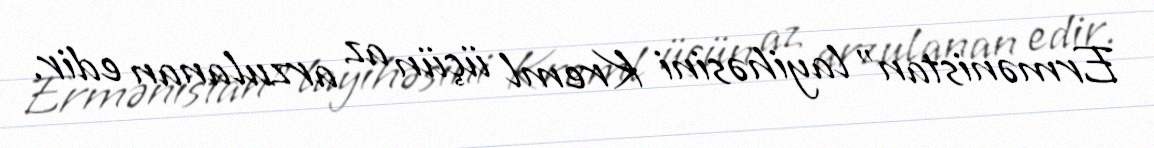
Ermənistan” layihəsini Kreml üçün az arzulanan edir.